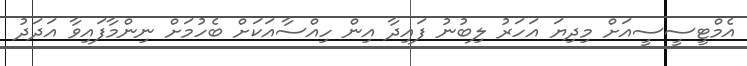
އެމްޓީސީސީއަށް މިދިޔަ އަހަރު ލިބުނު ފައިދާ އިން ހިއްސާއަކަށް ބެހުމަށް ނިންމާފައިވާ އަދަދު